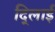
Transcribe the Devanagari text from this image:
दि्लाई